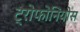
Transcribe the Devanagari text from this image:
ट्रोफोनियोस